Vaike-Kopu_(Puiatu)_vallavalitsus, lk 52
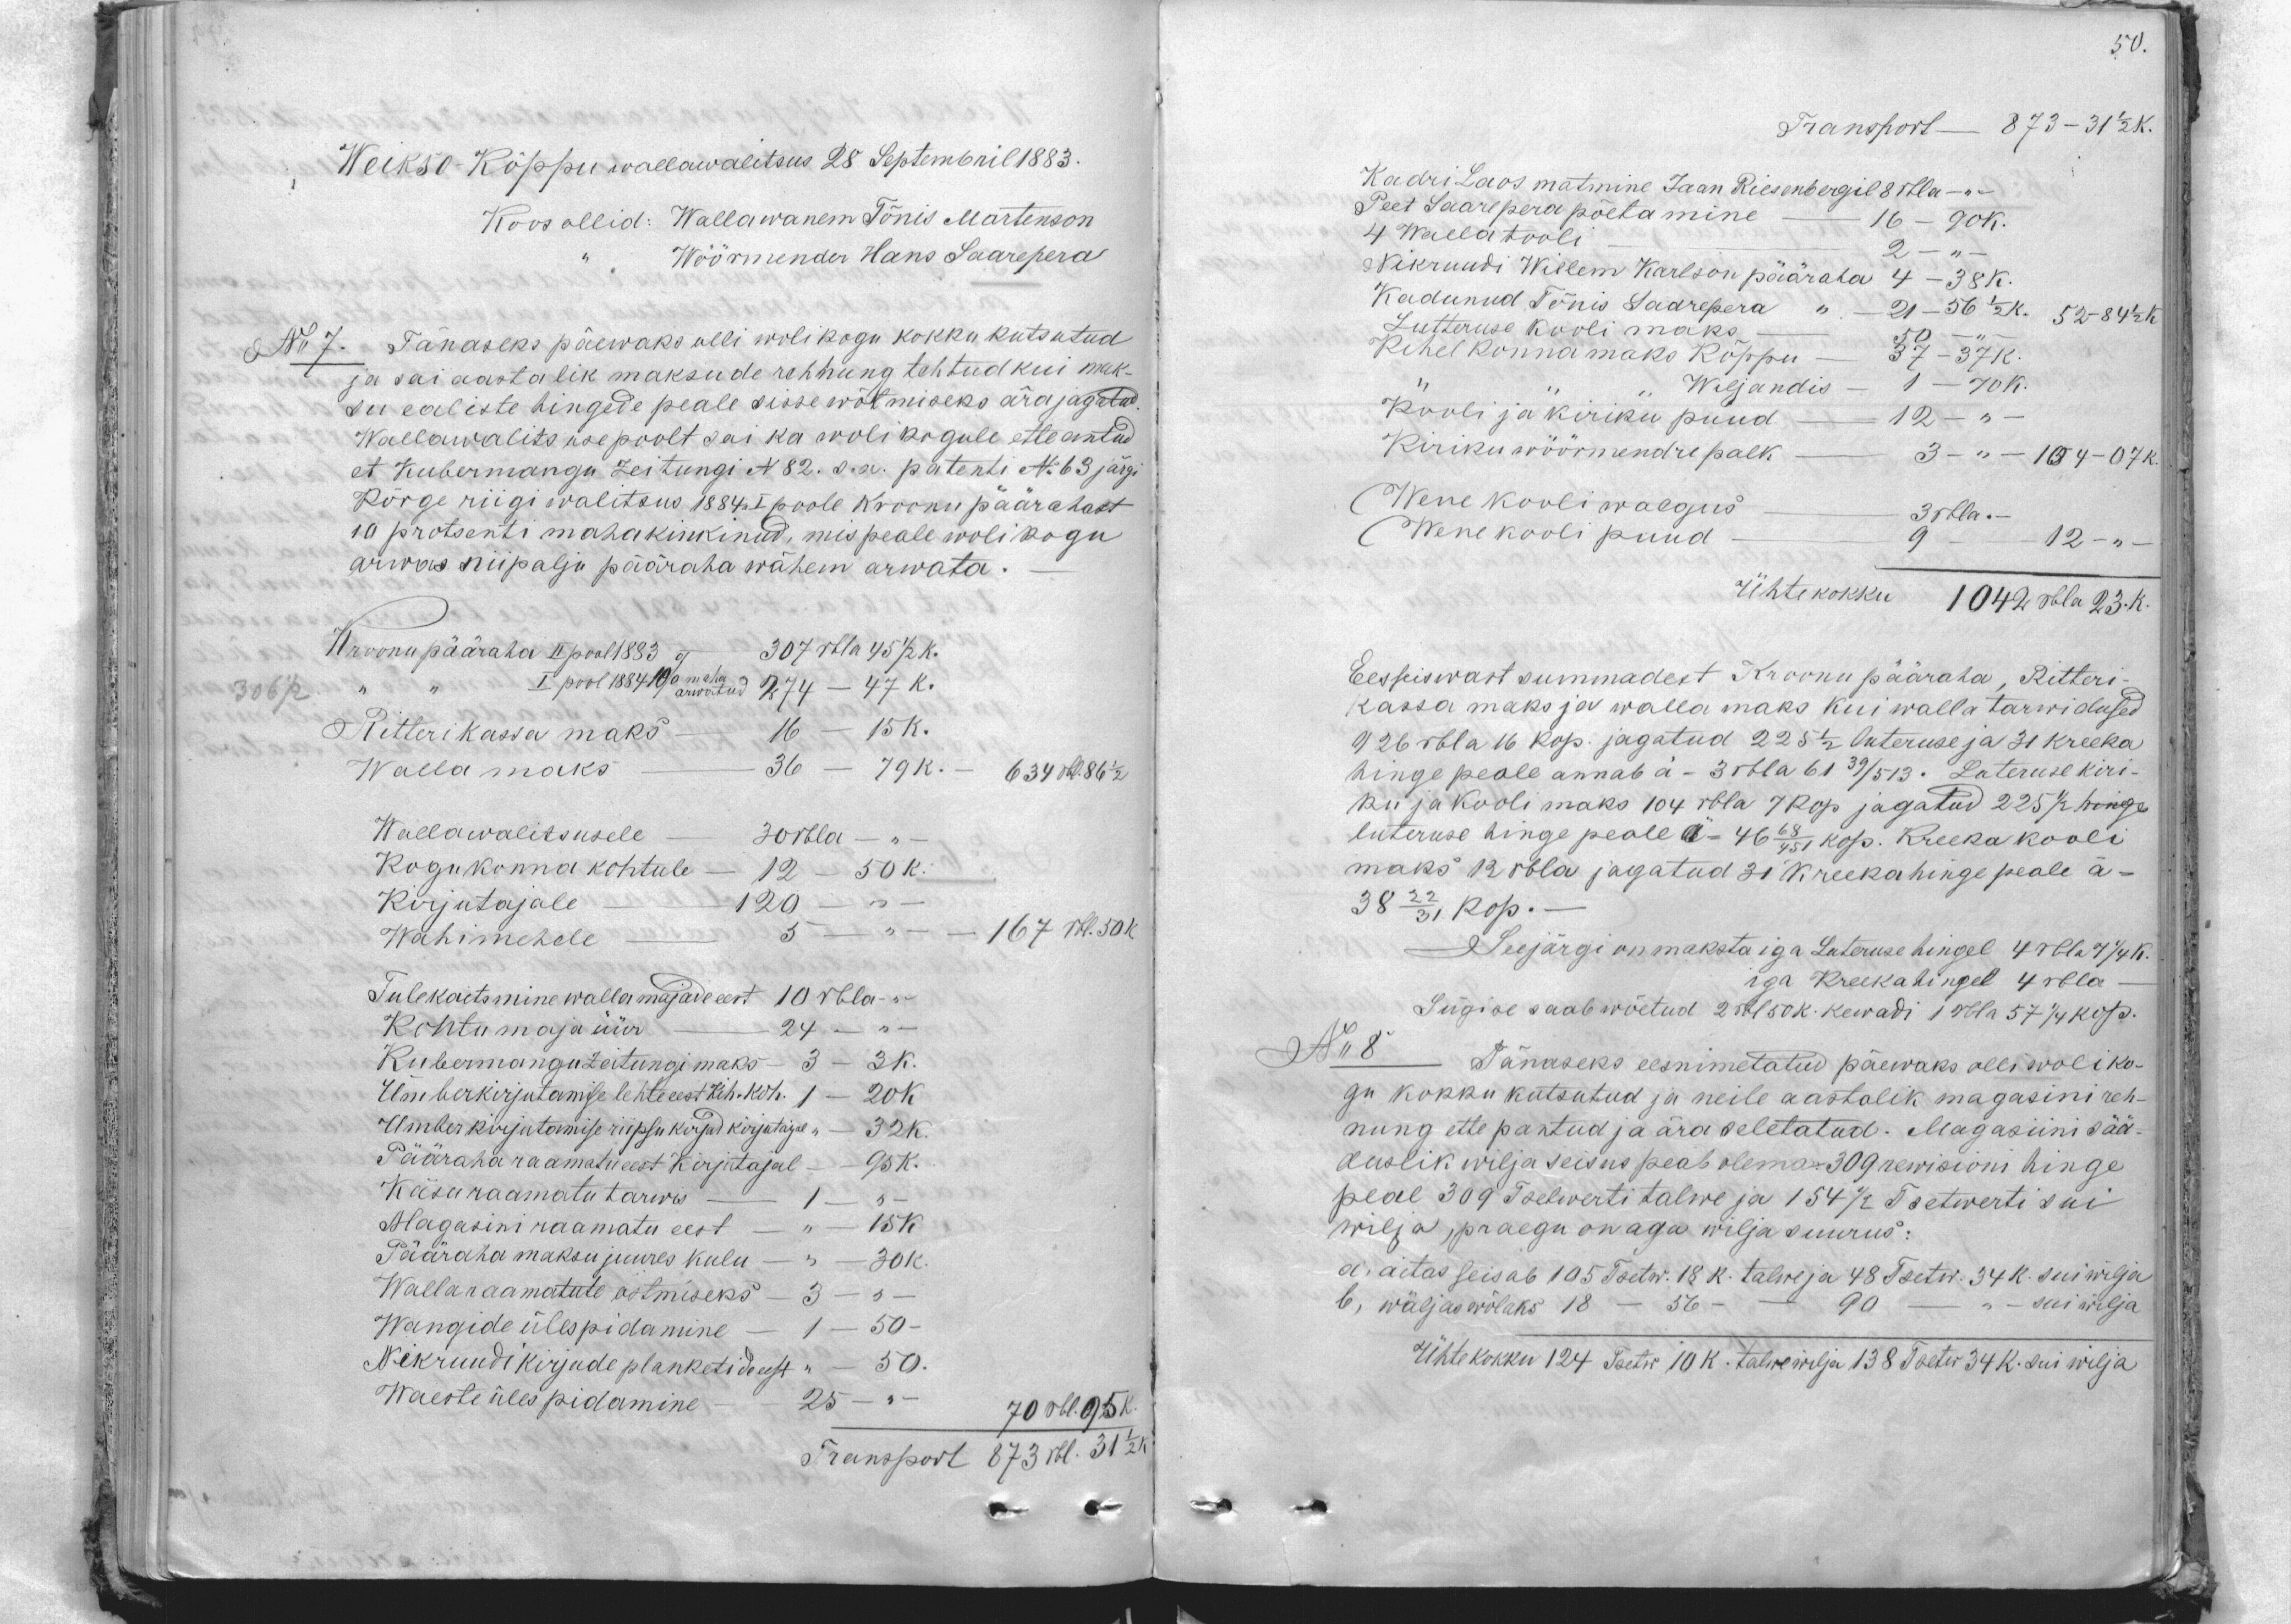
Weikse-Kõppu wallawalitsus 28 Septembril 1883.
Koos ollid: Wallawanem Tõnis Martenson
Wöörmender Hans Saarepera
No 7. Tänaseks päewaks olli wolikogu kokku kutsutud
ja sai aastalik maksude rehnung tehtud kui mak-
su ealiste hingede peale sisse wõtmiseks ära jagatud.
Wallawalitsuse poolt sai ka wolikogule ette antud
et Kubermangu Zeitungi No 82. s.a. patenti No 63 järgi
Kõrge riigi walitsus 1884. I poole Kroonu päärahast
10 protsenti mahakinkinud, mis peale wolikogu
arwas niipalju pääraha wähem arwata.
Kroonu pääraha II pool 1883 - 307 rbla 45 1/2 k.
I pool 1884 10% maha arwatud 274 - 47 k.
Ritterikassa maks 16 - 15 k.
Walla maks 36 -79 k. - 634 rbl. 86 1/2 k.
Wallawalitsusele 30 rbla
Kogukonna kohtule. 12 - 50 k.
Kirjutajale - 120 " -
Wahimehele 3 167 rbl.50 k.
Tulekaitsmine wallamajade eest 10 rbla-
Kohtumaja üür - - 24 -
Kubermangu Zeitungimaks - 3 - 3 k.
Ümberkirjutamise lehte eest Kih. koh. 1 - 20 k.
Umber kirjutamise riipsu kirjad kirijutajal " - 32K.
Pääraha raamatu eest kirjutajal - 95K.
Käsu raamatu tarwis - 1 - 5 -
Magasini raamatu eest - " - 15 k.
Pääraha maksu juures kulu - " - 30 k.
Wallaraamatute ostmiseks - 3 " -
Wangide ülespidamine - 1 -50-
Nikruudi kirjude planketide eest " - 50.
Waeste üles pidamine 25-
70 rbl. 95 k.
Transport 873 rbl. 31 1/2 k.

50.
Transport - 873-31 1/2 K.
Kadri Laos matmine Jaan Riesenbergil 8 rbla-
Peet Saarepera põetamine - 16 - 90 k.
4 Walla tooli. 2 - " -
Nikruudi Willem Karlson pääraha 4-38 k.
Kadunud Tõnis Saarepera    " - 21 -56 1/2 K.    52-84 1/2 K.
Lutteruse kooli maks    50 -"-
Kihelkonna maks Kõppu    37 - 37 K
" " " " Wiljandis -    1 - 70 k.
Kooli ja kiriku puud - 12 - " -
Kiriku wöörmendre palk - 3 - " - 104-07k.
(Wene kooli walgus - 3 rbla.-
Wene kooli puud   9--    12 -"-
Ühtekokku 1042 rbla 23.K.
Eesseiswast summadest Kroonu pääraha, Ritteri-
kassa maks ja walla maks kui walla tarwidused
926 rbla 16 kop. jagatud 225 1/2 luteruse ja 31 kreeka
hinge peale annab a-=3 rbla 61 39/513. Luteruse kiri-
ku ja kooli maks 104 rbla 7 kop. jagatud 225 1/2 hinge
luteruse hinge peale a=46 68/451 kop. Kreeka kooli
maks 12 rbla jagatud 31 kreekahinge peale a-
38 22/31 kop.-
Seejärgi on maksta iga Luteruse hingel 4 rbl. 7 1/4 k.
iga Kreeka hingel 4 rbla-
Sügise saab wõetud 2 rbl 50 k. kewadi 1 Rbla 57 1/4 kop.
No 8 Tänaseks eesnimetatud päewaks olli woliko-
gu kokku kutsutud ja neile aastalik magasini reh-
nung ette pantud ja ära seletatud. Magasiini sää-
duslik wilja seisus peab olema: 309 rewisioni hinge
peal 309 Tsetwerti talwe ja 154 1/2 Tsetwerti sui
wilja praegu on aga wilja suurus:
a. aitas seisab 105 Tsetw. 18 k. talwe ja 48 Tsetw. 34 k. suiwilja
b. wäljas wõlaks 18 - 56 - - 90 sui wilja.
Ühte kokku 124 Tsetw 10 k. talwe wilja 138 Tsetw 34 K. sui wilja